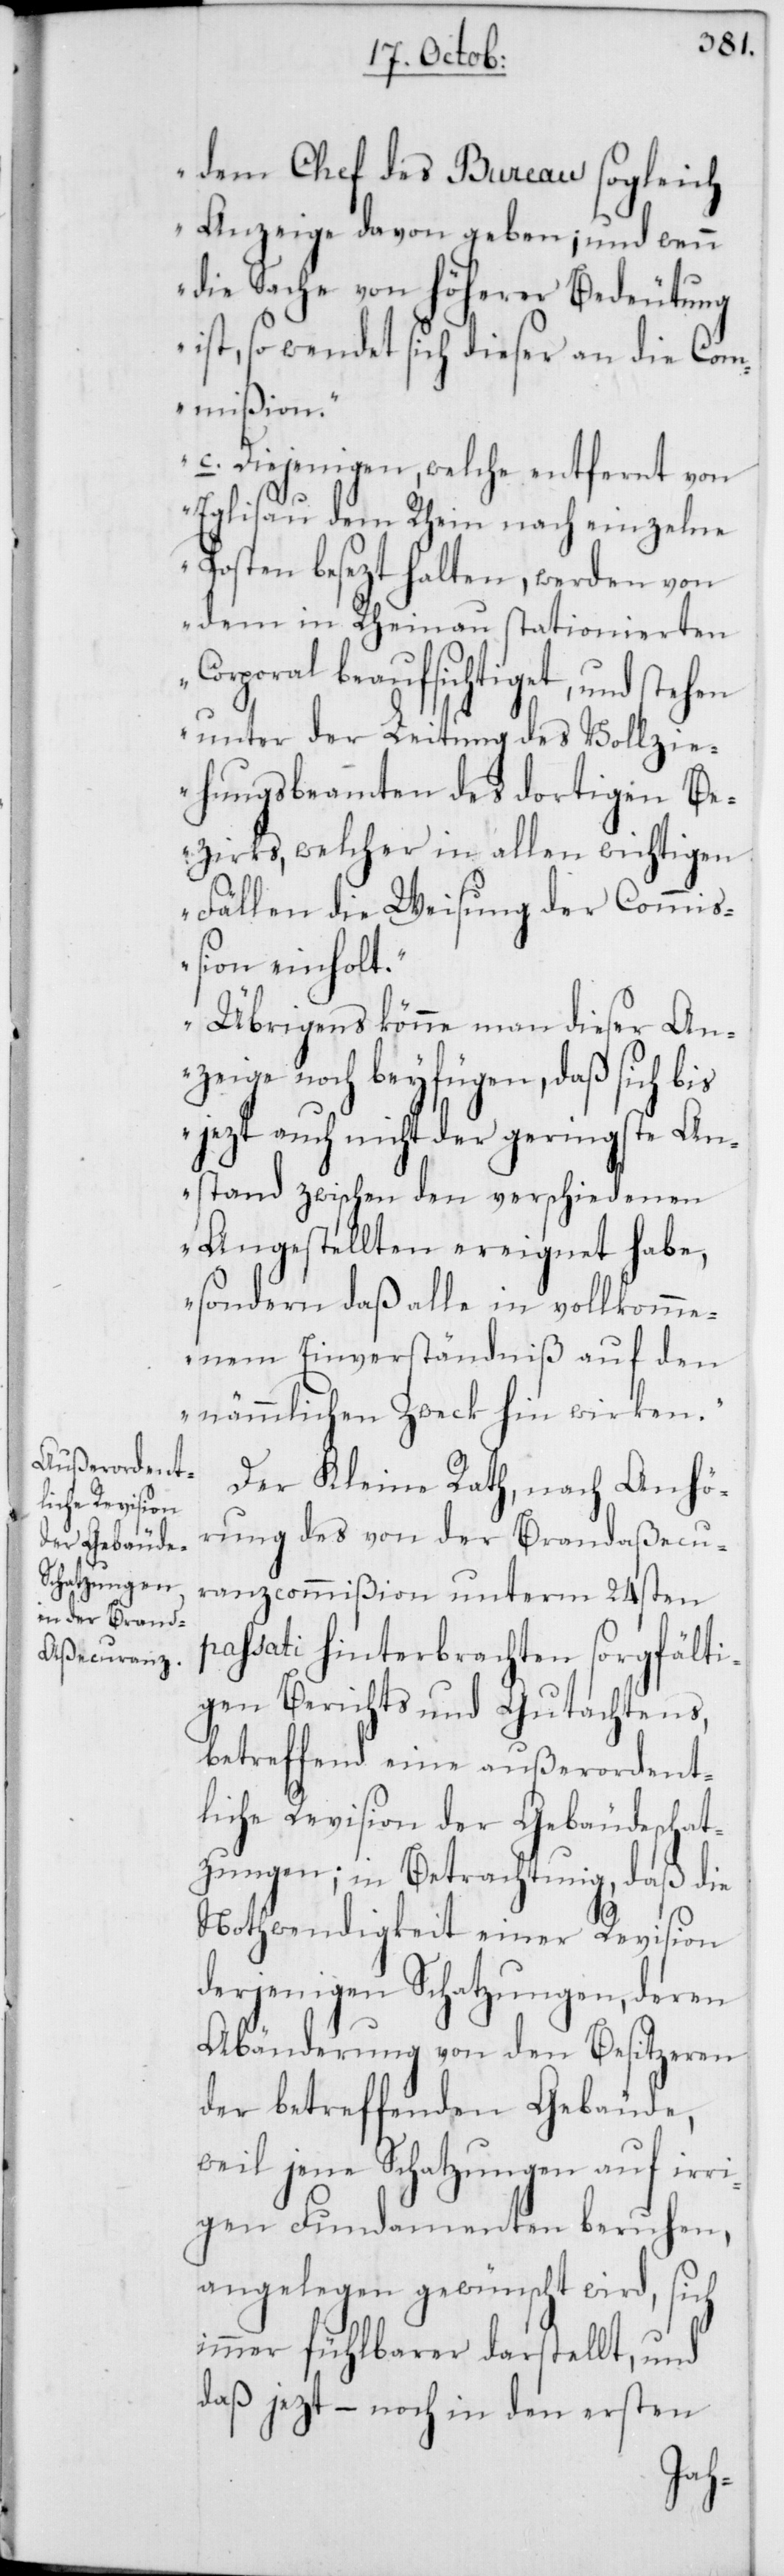
dem Chef des Bureau sogleich
Anzeige davon geben; und wenn
die Sache von höherer Bedeutung
ist, so wendet sich dieser an die Com¬
mißion.
c. Diejenigen, welche entfernt von
Eglisau dem Rhein nach einzelne
Posten besezt halten, werden von
dem in Rheinau stationierten
Corporal beaufsichtiget, und stehen
unter der Leitung des Vollzie¬
hungsbeamten des dortigen Be¬
zirks, welcher in allen wichtigen
Fällen die Weisung der Commiß¬
ion einholt.
Übrigens könne man dieser An¬
zeige noch beyfügen, daß sich bis
jezt auch nicht der geringste An¬
stand zwischen den verschiedenen
Angestellten ereignet habe,
sondern daß alle in vollkomme¬
nem Einverständniß auf den
nämmlichen Zweck hin wirken.“
Der Kleine Rath, nach Anhö¬
rung des von der Brandaßecu¬
ranzcommißion unterm 24sten
passati hinterbrachten sorgfälti¬
gen Berichts und Gutachtens,
betreffend eine außerordent¬
liche Revision der Gebäudeschat¬
zungen; in Betrachtung, daß die
Nothwendigkeit einer Revision
derjenigen Schatzungen, deren
Abänderung von den Besitzeren
der betreffenden Gebäude,
weil jene Schatzungen auf irri¬
gen Fundamenten beruhen,
angelegen gewünscht wird, sich
immer fühlbarer darstellt, und
daß jezt, – noch in den ersten